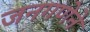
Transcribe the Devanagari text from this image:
जनगणेने